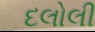
દલોલી